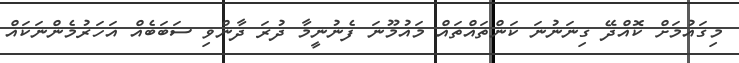
މިގައުމަށް ކޮއްދޭ ގިނަނުނަ ކަންތައްތައް މައުމޫނަ ފެނުނީމާ ދުރަ ދާންވި ސަބަބެއް އަހަރުމެންނަކައް